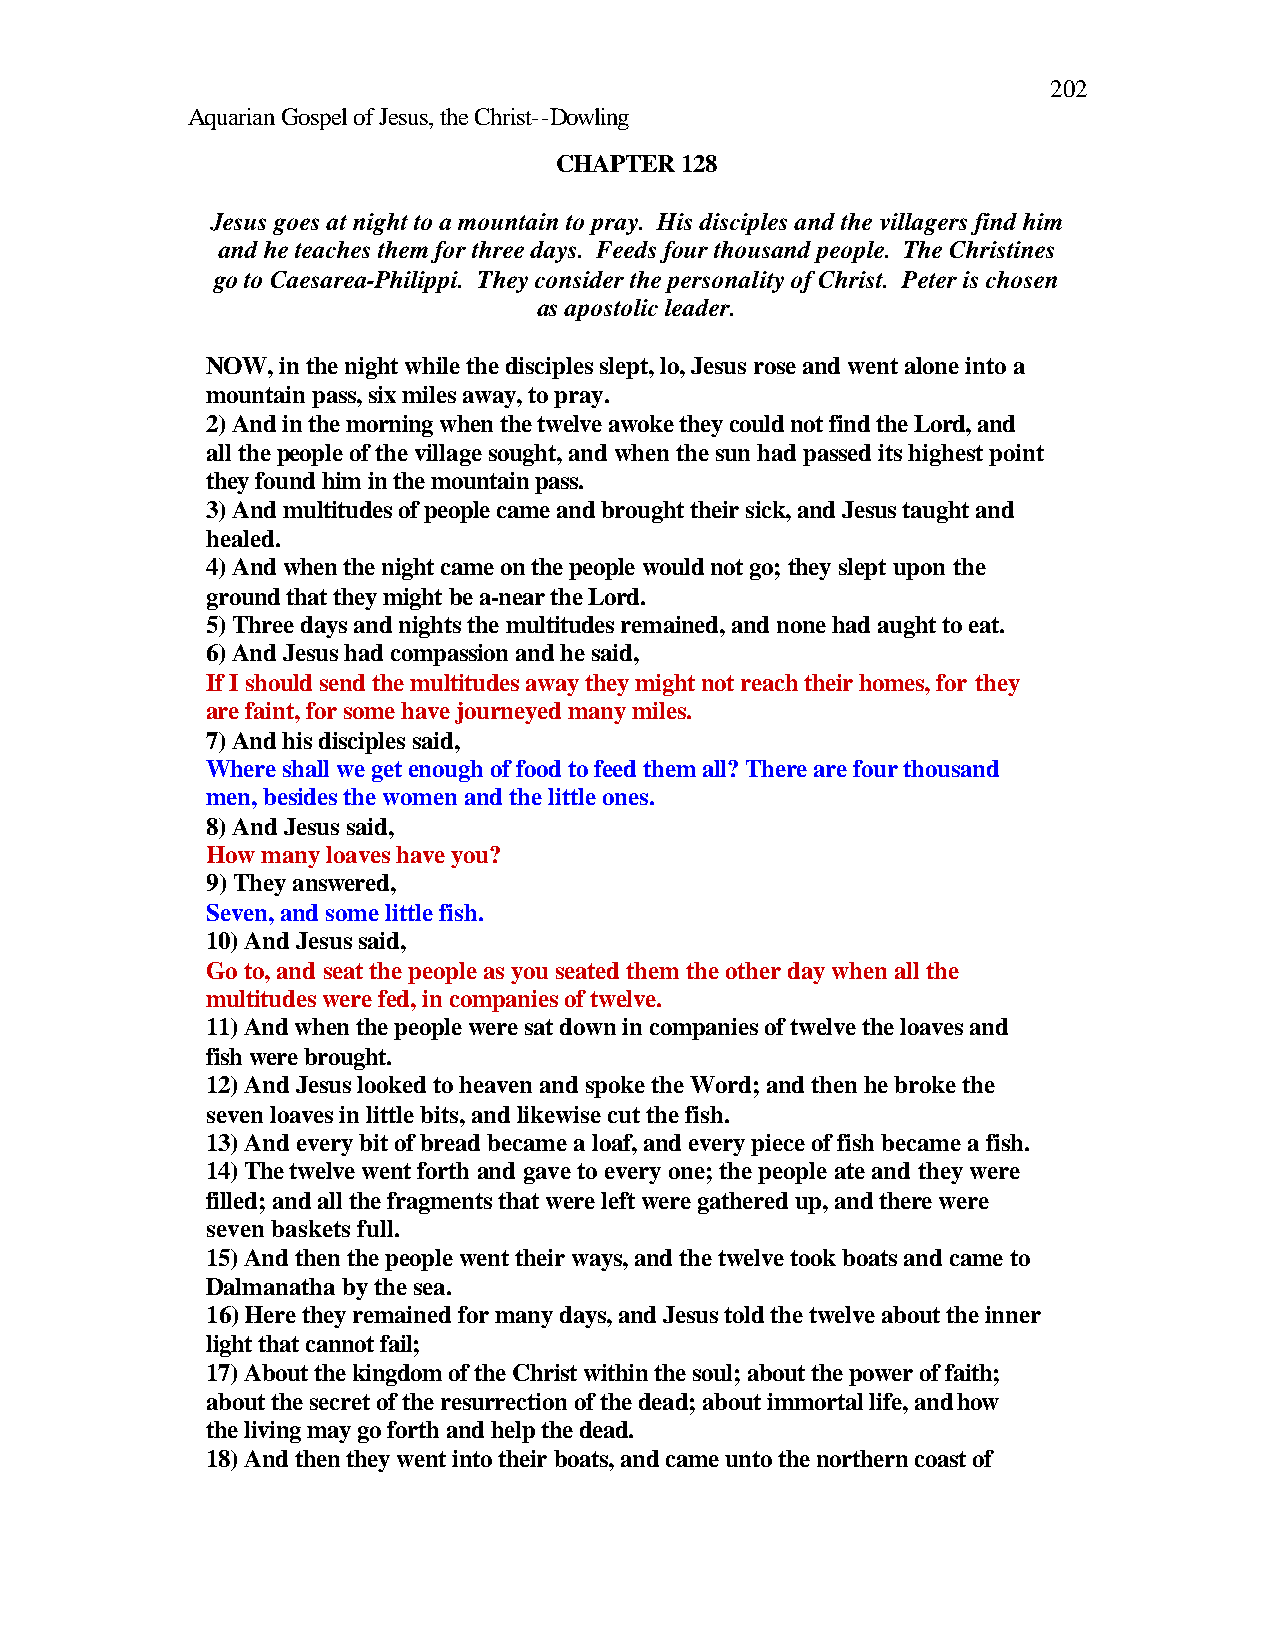
202
 Aquarian Gospel of Jesus, the Christ--Dowling
 CHAPTER 128
 Jesus goes at night to a mountain to pray. His disciples and the villagers find him
 and he teaches them for three days. Feeds four thousand people. The Christines
 go to Caesarea-Philippi. They consider the personality of Christ. Peter is chosen
 as apostolic leader.
 NOW, in the night while the disciples slept, lo, Jesus rose and went alone into a
 mountain pass, six miles away, to pray.
 2) And in the morning when the twelve awoke they could not find the Lord, and
 all the people of the village sought, and when the sun had passed its highest point
 they found him in the mountain pass.
 3) And multitudes of people came and brought their sick, and Jesus taught and
 healed.
 4) And when the night came on the people would not go; they slept upon the
 ground that they might be a-near the Lord.
 5) Three days and nights the multitudes remained, and none had aught to eat.
 6) And Jesus had compassion and he said,
 If I should send the multitudes away they might not reach their homes, for they
 are faint, for some have journeyed many miles.
 7) And his disciples said,
 Where shall we get enough of food to feed them all? There are four thousand
 men, besides the women and the little ones.
 8) And Jesus said,
 How many loaves have you?
 9) They answered,
 Seven, and some little fish.
 10) And Jesus said,
 Go to, and seat the people as you seated them the other day when all the
 multitudes were fed, in companies of twelve.
 11) And when the people were sat down in companies of twelve the loaves and
 fish were brought.
 12) And Jesus looked to heaven and spoke the Word; and then he broke the
 seven loaves in little bits, and likewise cut the fish.
 13) And every bit of bread became a loaf, and every piece of fish became a fish.
 14) The twelve went forth and gave to every one; the people ate and they were
 filled; and all the fragments that were left were gathered up, and there were
 seven baskets full.
 15) And then the people went their ways, and the twelve took boats and came to
 Dalmanatha by the sea.
 16) Here they remained for many days, and Jesus told the twelve about the inner
 light that cannot fail;
 17) About the kingdom of the Christ within the soul; about the power of faith;
 about the secret of the resurrection of the dead; about immortal life, and how
 the living may go forth and help the dead.
 18) And then they went into their boats, and came unto the northern coast of